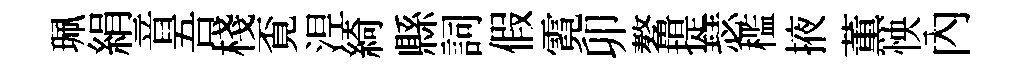
珮絹音吾棧覔𣵀綺縣詞假霓卯鳌提瑟槛掖薫怏內